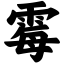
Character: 霉